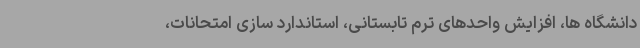
دانشگاه ها، افزایش واحدهای ترم تابستانی، استاندارد سازی امتحانات،